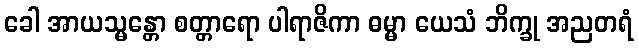
ခေါ အာယသ္မန္တော စတ္တာရော ပါရာဇိကာ ဓမ္မာ ယေသံ ဘိက္ခု အညတရံ